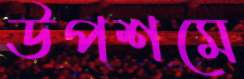
উপশমে